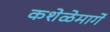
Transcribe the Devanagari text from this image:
कशेळेमार्गे